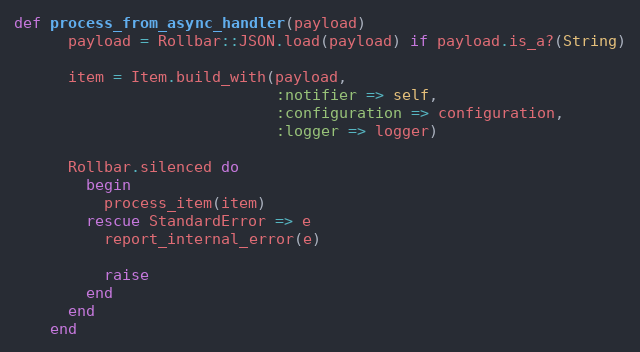
Language: Ruby
def process_from_async_handler(payload)
      payload = Rollbar::JSON.load(payload) if payload.is_a?(String)

      item = Item.build_with(payload,
                             :notifier => self,
                             :configuration => configuration,
                             :logger => logger)

      Rollbar.silenced do
        begin
          process_item(item)
        rescue StandardError => e
          report_internal_error(e)

          raise
        end
      end
    end